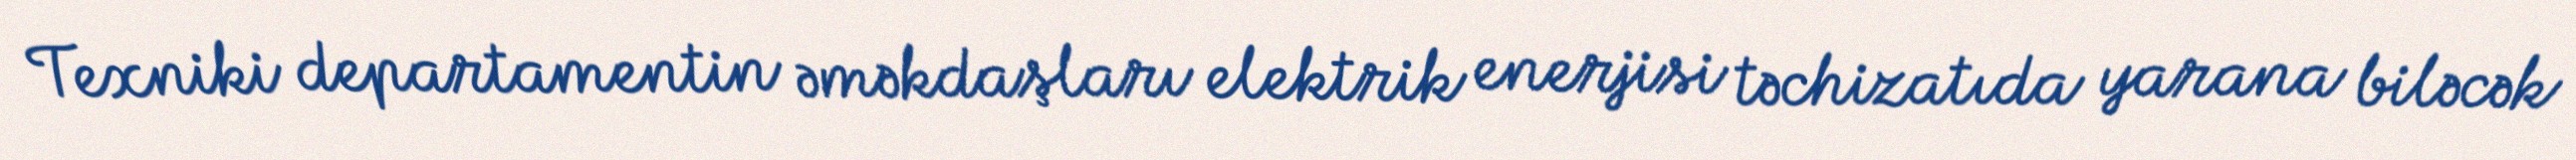
Texniki departamentin əməkdaşları elektrik enerjisi təchizatıda yarana biləcək